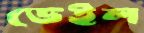
ডেইল